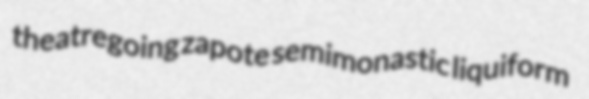
theatregoing zapote semimonastic liquiform